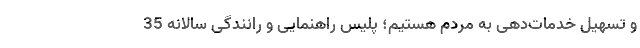
و تسهیل خدمات‌دهی به مردم هستیم؛ پلیس راهنمایی و رانندگی سالانه 35